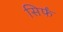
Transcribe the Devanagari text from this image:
सिर्फं